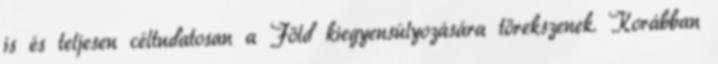
is és teljesen céltudatosan a Föld kiegyensúlyozására törekszenek. Korábban